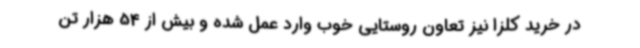
در خرید کلزا نیز تعاون روستایی خوب وارد عمل شده و بیش از 54 هزار تن